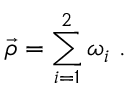
\vec { \rho } = \sum _ { i = 1 } ^ { 2 } \omega _ { i } \ .